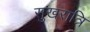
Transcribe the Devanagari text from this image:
सुखरात्रि